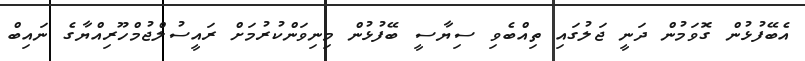
އެބޭފުޅުން ގޮވަމުން ދަނީ ޖަލުގައި ތިއްބެވި ސިޔާސީ ބޭފުޅުން މިނިވަންކުރުމަށް ރައީސުލްޖުމްހޫރިއްޔާގެ ނައިބް